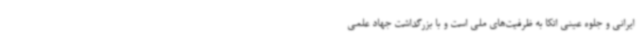
ایرانی و جلوه‌ عینی اتکا به ظرفیت‌های ملی است و با بزرگداشت جهاد علمی